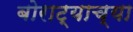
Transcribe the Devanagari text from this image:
बोराट्याच्या